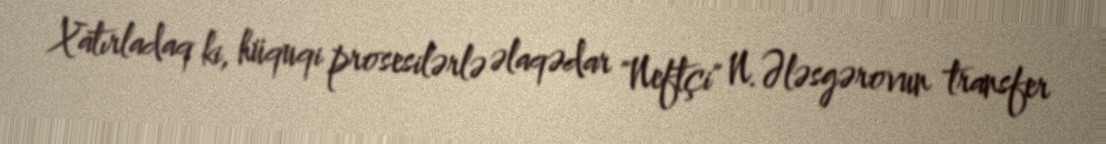
Xatırladaq ki, hüquqi prosesilərlə əlaqədar "Neftçi" N.Ələsgərovun transfer